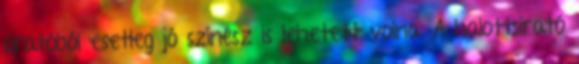
siratóból esetleg jó színész is lehetett volna. A halottsirató